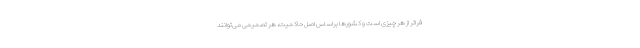
فراتر از هر چیزی است و کشورها براساس اصل حاکمیت، هر تصمیمی می‌توانند